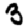
Digit: 3